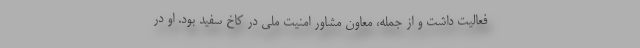
فعالیت داشت و از جمله، معاون مشاور امنیت ملی در کاخ سفید بود. او در